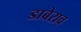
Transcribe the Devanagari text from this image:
डाबेराव